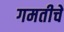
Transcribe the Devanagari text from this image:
गमतीचे